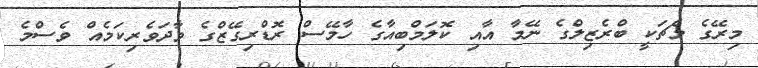
މިރޭގެ މެޗަކީ ބްރެޒިލްގެ ނޭމާ އާއި ކޮލަމްބިއާގެ ހާމޭސް ރޮޑްރިގޭޒްގެ ވާދަވެރިކަމެއް ވެސްމެ